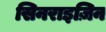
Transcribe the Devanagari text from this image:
सिनराइज़िन